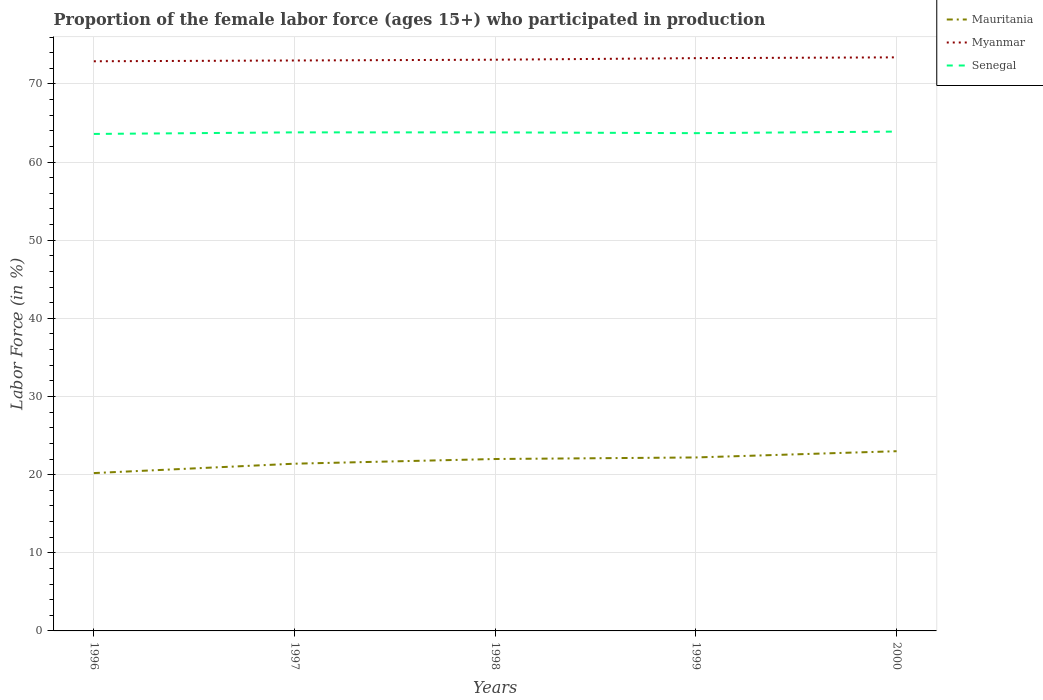
| Years | Mauritania | Myanmar | Senegal |
 | --- | --- | --- | --- |
 | 1996 | 20.2 | 72.9 | 63.6 |
 | 1997 | 21.4 | 73 | 63.8 |
 | 1998 | 22 | 73.1 | 63.8 |
 | 1999 | 22.2 | 73.3 | 63.7 |
 | 2000 | 23 | 73.4 | 63.9 |